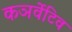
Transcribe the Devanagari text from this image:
कञर्वेटिव